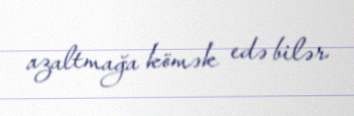
azaltmağa kömək edə bilər.